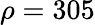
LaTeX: \rho=305